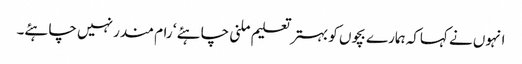
انہوں نے کہاکہ ہمارے بچوں کو بہتر تعلیم ملنی چاہئے ‘ رام مندر نہیں چاہئے۔